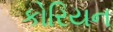
કોરિયન